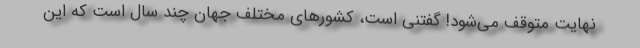
نهایت متوقف می‌شود! گفتنی است، کشورهای مختلف جهان چند سال است که این